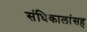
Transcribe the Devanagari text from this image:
संधिकालांसह